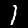
Label: 1